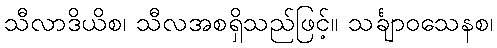
သီလာဒိယိစ၊ သီလအစရှိသည်ဖြင့်။ သင်္ချာဝသေနစ၊